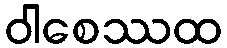
ဝါစေဿထ